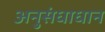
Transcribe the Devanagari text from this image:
अनुसंधाधान